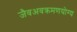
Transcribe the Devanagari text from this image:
जैवअवक्रमणयोग्य